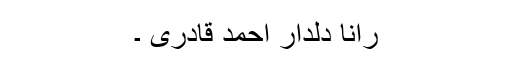
رانا دلدار احمد قادری ۔